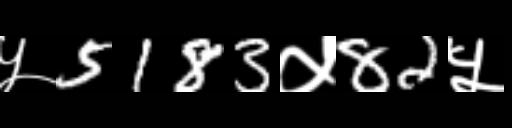
Text: ५5183५82५